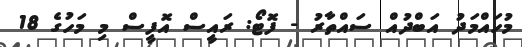
މުހައްމަދު އަބްދުއް ސައްތާރު - ފޮޓޯ: ރައީސް އޮފީސް މި މަހުގެ 18